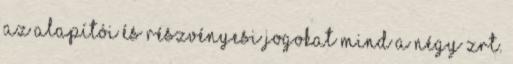
az alapítói és részvényesi jogokat mind a négy Zrt.